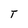
Character: T